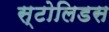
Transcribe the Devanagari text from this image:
स्टोलिडस